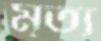
মৃত্য